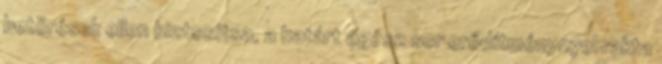
betörések ellen biztosítsa, a határt egész sor erődítménynyel rakta